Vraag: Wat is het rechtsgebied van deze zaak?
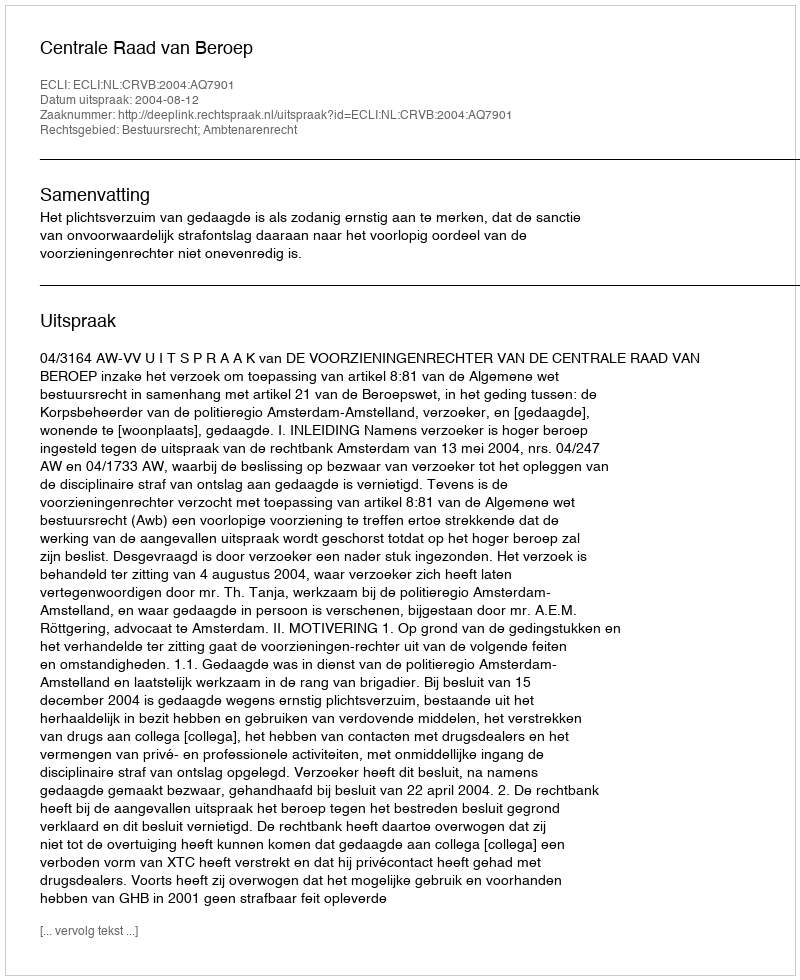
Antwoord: Bestuursrecht; Ambtenarenrecht